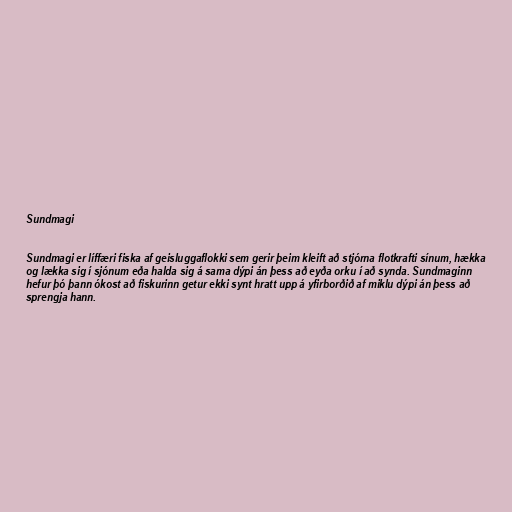
Sundmagi

Sundmagi er líffæri fiska af geisluggaflokki sem gerir þeim kleift að stjórna flotkrafti sínum, hækka
og lækka sig í sjónum eða halda sig á sama dýpi án þess að eyða orku í að synda. Sundmaginn
hefur þó þann ókost að fiskurinn getur ekki synt hratt upp á yfirborðið af miklu dýpi án þess að
sprengja hann.